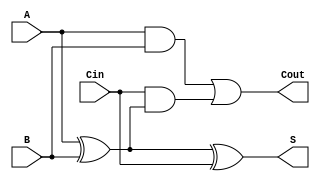
module full_adder (
    input A,      // First binary input
    input B,      // Second binary input
    input Cin,    // Carry-in input
    output S,     // Sum output
    output Cout   // Carry-out output
);

// Behavioral description of sum and carry-out using continuous assignments
assign S = A ^ B ^ Cin;                // Sum is the XOR of A, B, and Cin
assign Cout = (A & B) | (Cin & (A ^ B)); // Carry-out logic

endmodule